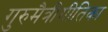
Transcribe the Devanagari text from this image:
गुरुमैत्रीगीतिका